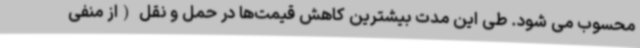
محسوب می شود. طی این مدت بیشترین کاهش قیمت‌ها در حمل و نقل (از منفی